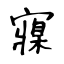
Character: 寱